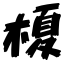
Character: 榎